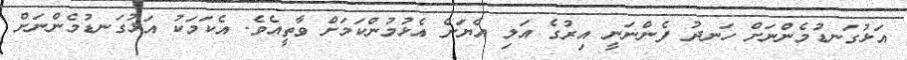
އަޅުގަނޑުމެންނަށް ހަނދު ފެންނަނީ އިރުގެ އަލި އެޔަށް އެޅުމުންކަމަށް ވާތީއެވެ. އެކަމަކު އަޅުގަނޑުމެންނަށް